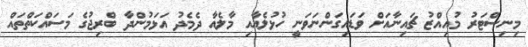
މިނިސްޓަރު މުއިއްޒު ޗައިނާއަށް ވަޑައިގަންނަވަނީ ހުޅުލެއާއި މާލެއާ ދެމެދު އަޅަމުންދާ ބްރިޖުގެ މަސައްކަތްތައް